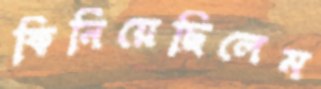
কিনিয়েছিলেম